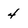
Character: 4